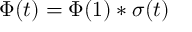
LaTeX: \Phi ( t ) = \Phi ( 1 ) * \sigma ( t )